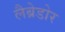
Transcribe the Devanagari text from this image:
लैब्रेडोर